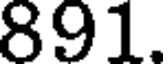
891.